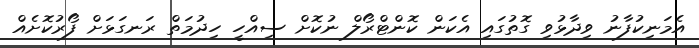
އެމަނިކުފާނު ވިދާޅުވި ގޮތުގައި އެކަން ކޮންޓްރޯލް ނުކޮށް ސިއްހީ ހިދުމަތް ރަނގަޅަށް ފޯރުކޮށެއް